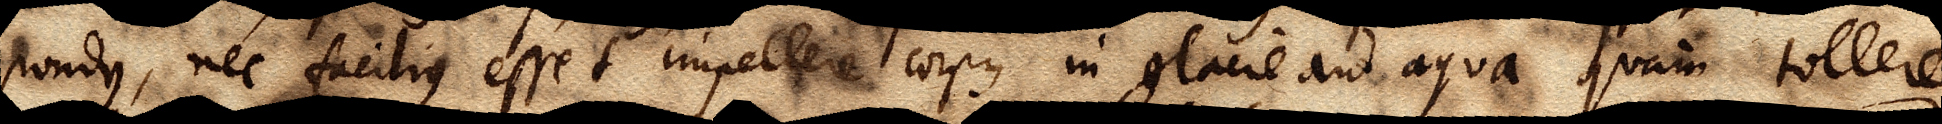
pondus, nec facilius esset impellere corpus in glacie aut aqua quam tollere